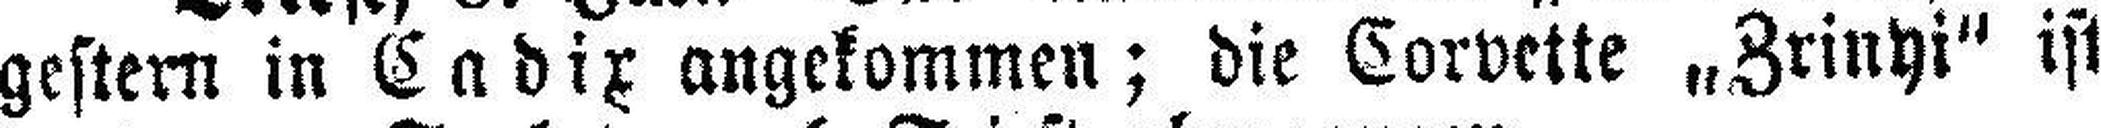
gestern in Cadix angekommen; die Corvette „Zrinyi“ ist